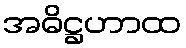
အဓိဋ္ဌဟာထ